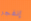
إنفجر